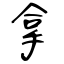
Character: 拿